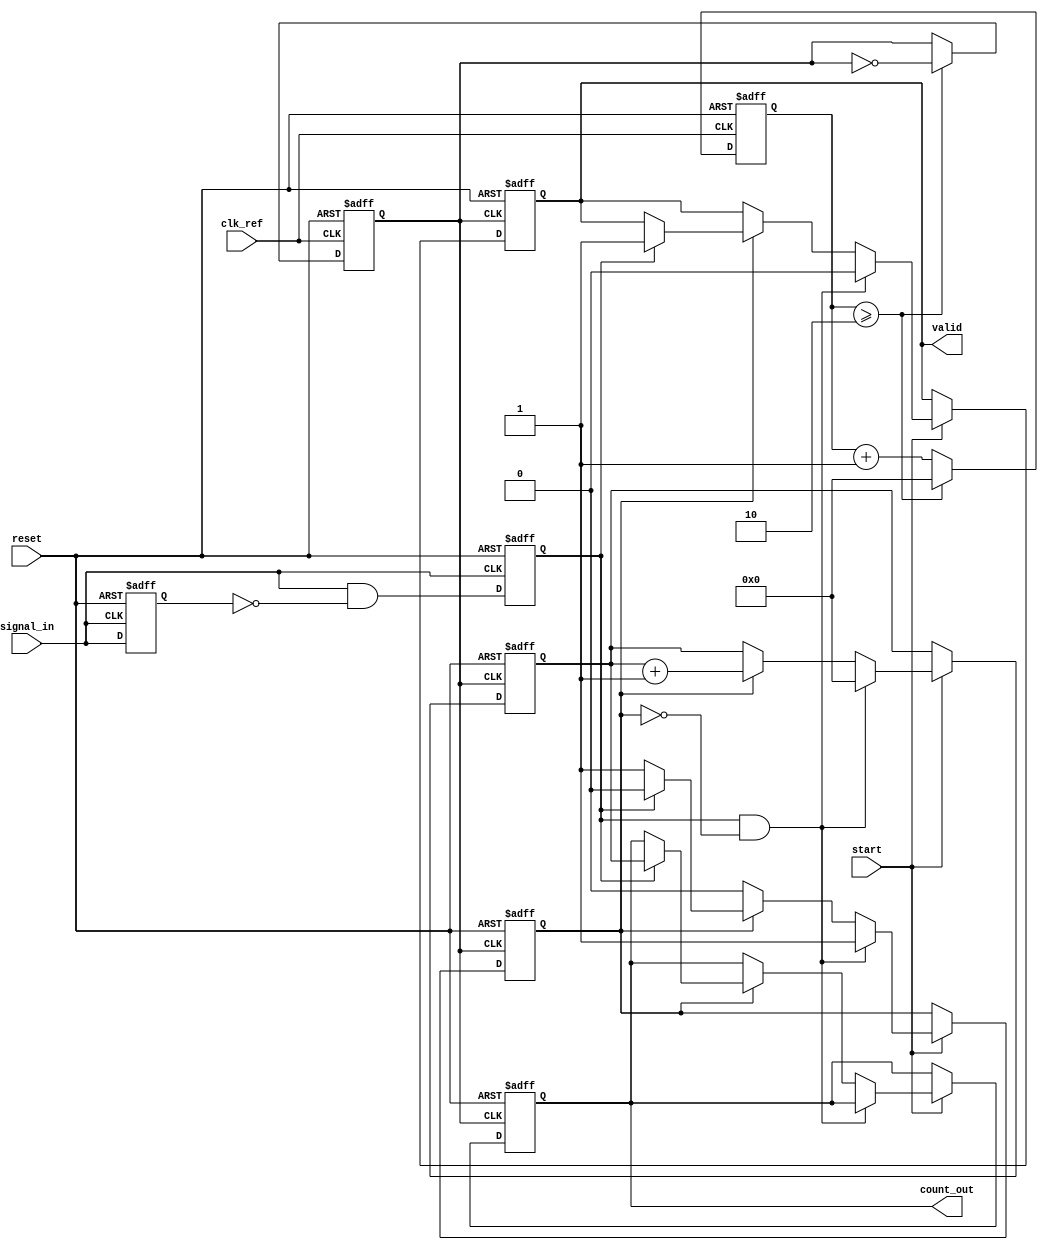
module TDC_PLL (
    input wire clk_ref,          // Reference clock input
    input wire signal_in,        // Input signal to measure time intervals
    input wire start,            // Start signal for measurement
    input wire reset,            // Reset signal
    output reg [31:0] count_out, // Digital output count
    output reg valid             // Valid signal for output
);

    // PLL parameters
    parameter VCO_FREQ_MULT = 4; // VCO frequency multiplier
    reg clk_vco;                  // VCO output clock
    reg [31:0] vco_counter;       // VCO counter for generating clock

    // Edge detection
    reg signal_in_prev;           // Previous state of the input signal
    reg edge_detected;            // Edge detected signal
    reg counting;                 // Counting flag

    // Counter for measuring time intervals
    reg [31:0] counter;           // Time interval counter

    // PLL Simulation (VCO generation)
    always @(posedge clk_ref or posedge reset) begin
        if (reset) begin
            vco_counter <= 0;
            clk_vco <= 0;
        end else begin
            vco_counter <= vco_counter + 1;
            if (vco_counter >= (VCO_FREQ_MULT / 2)) begin
                clk_vco <= ~clk_vco; // Toggle VCO clock
                vco_counter <= 0;
            end
        end
    end

    // Edge Detector
    always @(posedge signal_in or posedge reset) begin
        if (reset) begin
            signal_in_prev <= 0;
            edge_detected <= 0;
        end else begin
            edge_detected <= (signal_in && !signal_in_prev);
            signal_in_prev <= signal_in;
        end
    end

    // Counting Logic
    always @(posedge clk_vco or posedge reset) begin
        if (reset) begin
            counter <= 0;
            counting <= 0;
            count_out <= 0;
            valid <= 0;
        end else if (start) begin
            if (edge_detected && !counting) begin
                counting <= 1; // Start counting on first edge
                counter <= 0;  // Reset counter
                valid <= 0;    // Reset valid output
            end else if (counting) begin
                counter <= counter + 1; // Increment counter
                if (edge_detected) begin
                    counting <= 0; // Stop counting on second edge
                    count_out <= counter; // Store count value
                    valid <= 1; // Indicate valid output
                end
            end
        end
    end

endmodule